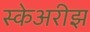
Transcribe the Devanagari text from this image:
स्केअरीझ